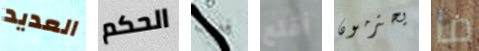
العديد الحكم فلت أقلع يحترمون ما